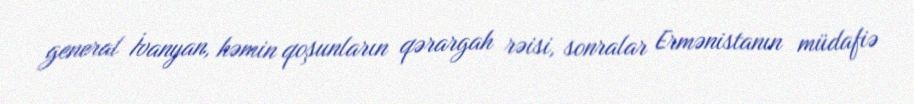
general İvanyan, həmin qoşunların qərargah rəisi, sonralar Ermənistanın müdafiə